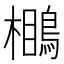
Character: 𪃥